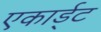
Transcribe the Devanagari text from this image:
एकार्ड्‌ट